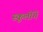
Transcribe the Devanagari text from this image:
स्कूलोंमें